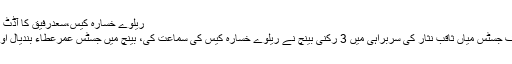
ریلوے خسارہ کیس،سعدرفیق کا آڈٹ رپورٹ پرجواب جمع - Din News
سپریم کورٹ لاہور رجسٹری میں چیف جسٹس میاں ثاقب نثار کی سربراہی میں 3 رکنی بینچ نے ریلوے خسارہ کیس کی سماعت کی، بینچ میں جسٹس عمرعطاء بندیال اور جسٹس اعجازالاحسن بھی شامل ہیں۔